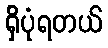
ရှိပုံရတယ်